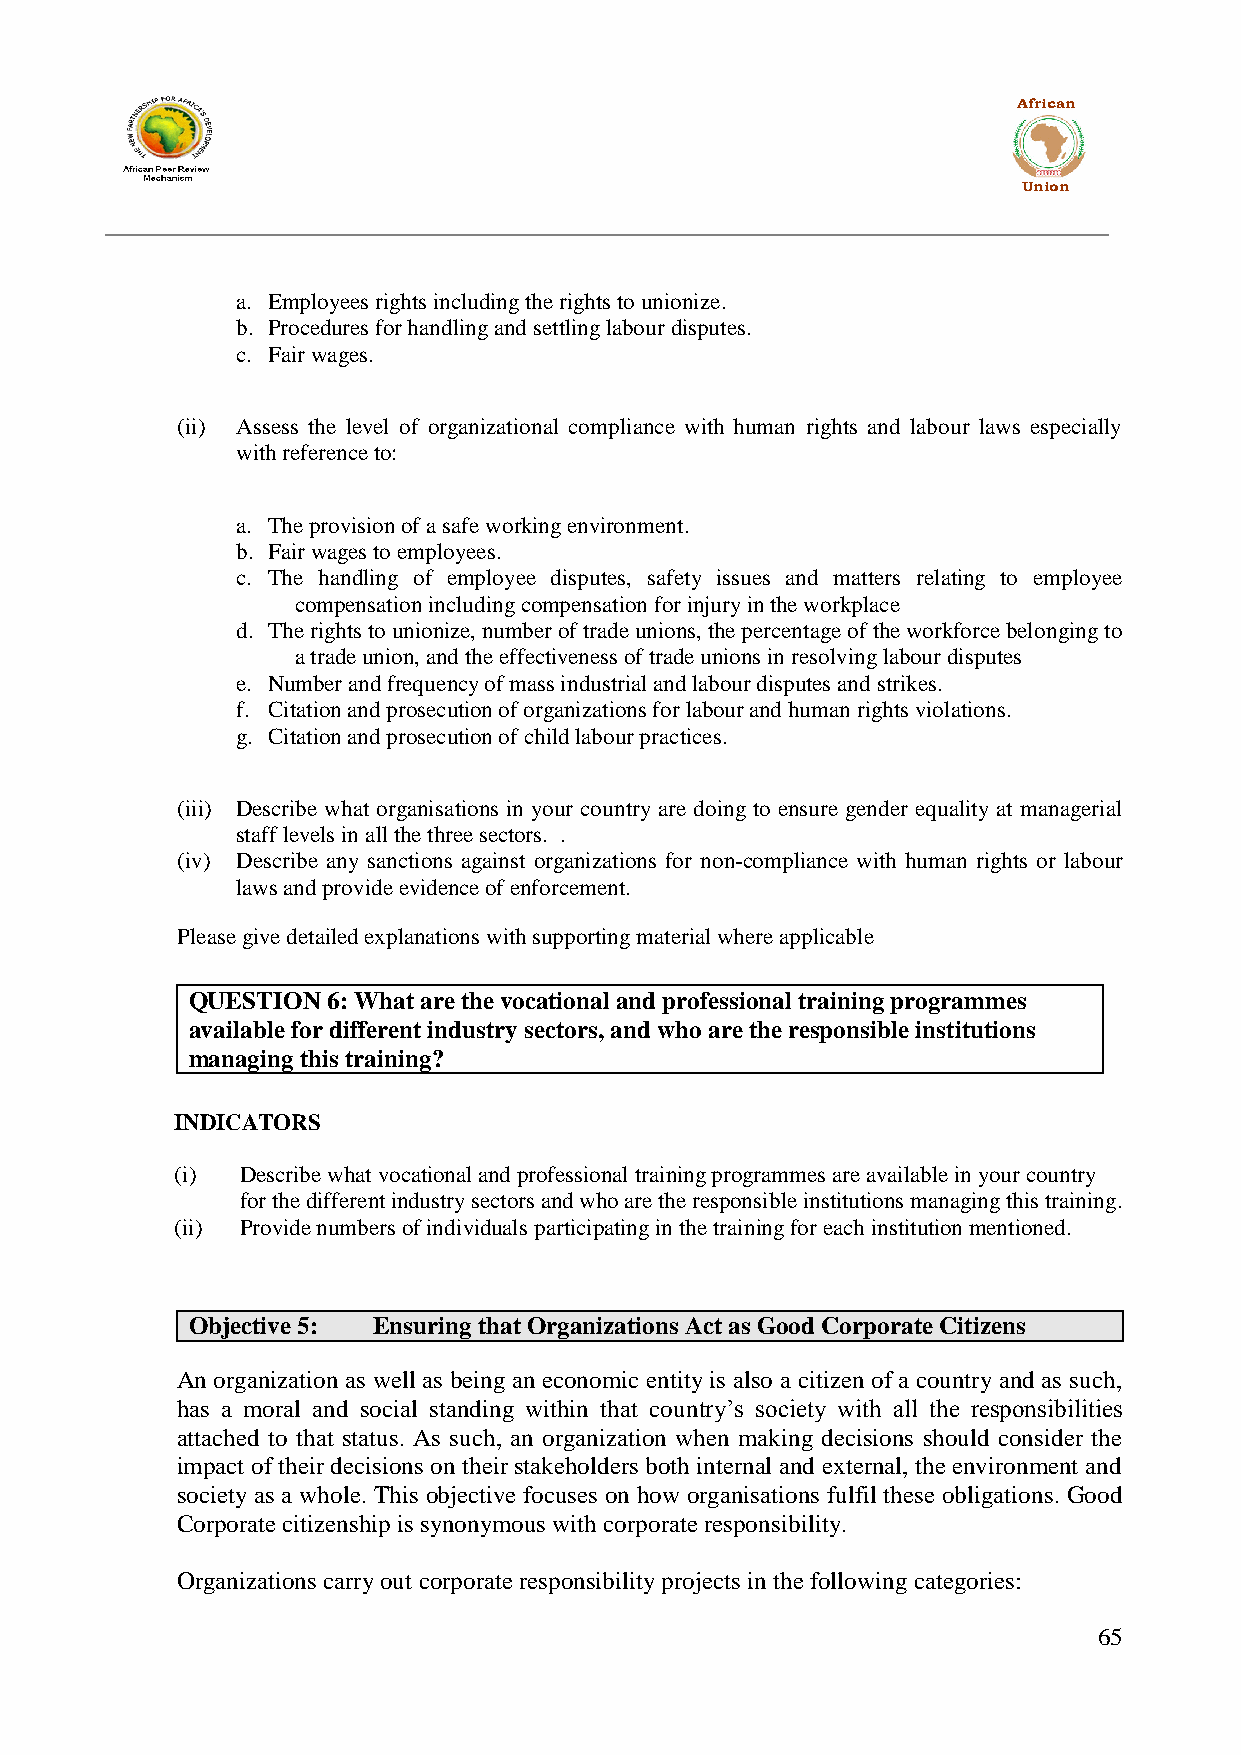
African
 Union
 a. Employees rights including the rights to unionize.
 b. Procedures for handling and settling labour disputes.
 c. Fair wages.
 (ii) Assess the level of organizational compliance with human rights and labour laws especially
 with reference to:
 a. The provision of a safe working environment.
 b. Fair wages to employees.
 c. The handling of employee disputes, safety issues and matters relating to employee
 compensation including compensation for injury in the workplace
 d. The rights to unionize, number of trade unions, the percentage of the workforce belonging to
 a trade union, and the effectiveness of trade unions in resolving labour disputes
 e. Number and frequency of mass industrial and labour disputes and strikes.
 f. Citation and prosecution of organizations for labour and human rights violations.
 g. Citation and prosecution of child labour practices.
 (iii) Describe what organisations in your country are doing to ensure gender equality at managerial
 staff levels in all the three sectors. .
 (iv) Describe any sanctions against organizations for non-compliance with human rights or labour
 laws and provide evidence of enforcement.
 Please give detailed explanations with supporting material where applicable
 QUESTION  6: What are the vocational and professional training programmes
 available for different industry sectors, and who are the responsible institutions
 managing this training?
 INDICATORS
 (i) Describe what vocational and professional training programmes are available in your country
 for the different industry sectors and who are the responsible institutions managing this training.
 (ii) Provide numbers of individuals participating in the training for each institution mentioned.
 Objective 5: Ensuring that Organizations Act as Good Corporate Citizens
 An organization as well as being an economic entity is also a citizen of a country and as such,
 has a moral and social standing within that country‟s society with all the responsibilities
 attached to that status. As such, an organization when making decisions should consider the
 impact of their decisions on their stakeholders both internal and external, the environment and
 society as a whole. This objective focuses on how organisations fulfil these obligations. Good
 Corporate citizenship is synonymous with corporate responsibility.
 Organizations carry out corporate responsibility projects in the following categories:
 65